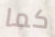
كما